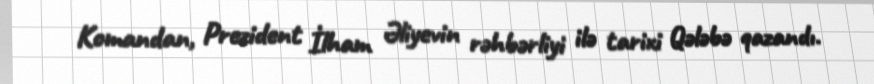
Komandan, Prezident İlham Əliyevin rəhbərliyi ilə tarixi Qələbə qazandı.